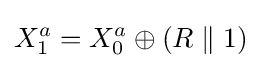
X_{1}^{a}=X_{0}^{a}\oplus (R\parallel 1)